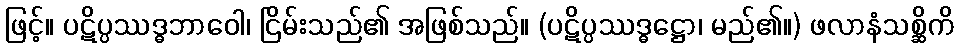
ဖြင့်။ ပဋိပ္ပဿဒ္ဓဘာဝေါ၊ ငြိမ်းသည်၏ အဖြစ်သည်။ (ပဋိပ္ပဿဒ္ဓဋ္ဌော၊ မည်၏။) ဖလာနံသစ္ဆိကိ